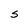
Character: S